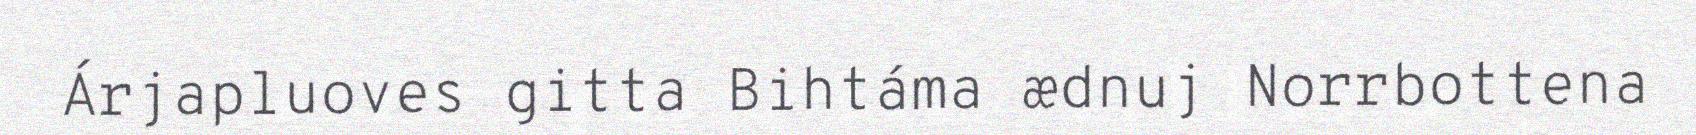
Árjapluoves gitta Bihtáma ædnuj Norrbottena